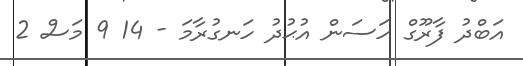
އަބްދު ފާރޫގް ހަސަން އުޙުދު ހަނގުރާމަ - 14 9 މަސް 2